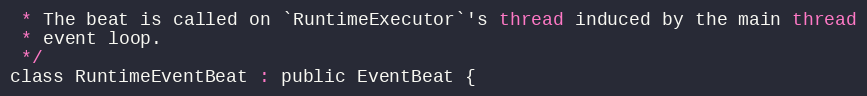
Language: C
 * The beat is called on `RuntimeExecutor`'s thread induced by the main thread
 * event loop.
 */
class RuntimeEventBeat : public EventBeat {